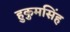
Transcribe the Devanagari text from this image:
हुकुमसिंह